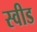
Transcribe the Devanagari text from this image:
स्वीड